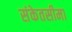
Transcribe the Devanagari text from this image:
संकेतसीमा